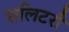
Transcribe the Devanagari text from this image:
सलिटरी